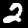
Label: 2